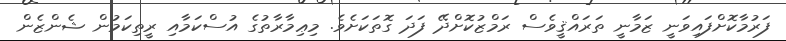
ފަރުމާކޮށްފައިވަނީ ޒަމާނީ ތަރައްޤީވެސް ރަމްޒުކޮށްދޭ ފަދަ ގޮތަކަށެވެ. މިޢިމާރާތުގެ އުސްކަމާއި ރީތިކަމުން ޝެންޒެން